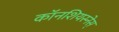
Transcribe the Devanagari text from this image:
काॅनशियस्नेस्